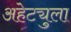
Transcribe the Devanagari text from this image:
अहेट्युला